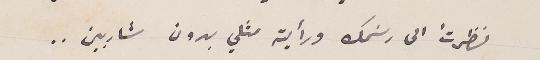
نظرتُ الى رسَمك ورأيته مثلي بدون شاربين..